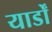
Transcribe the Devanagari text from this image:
यार्डों